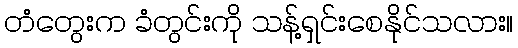
တံတွေးက ခံတွင်းကို သန့်ရှင်းစေနိုင်သလား။